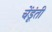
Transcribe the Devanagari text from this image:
चेंडूंती